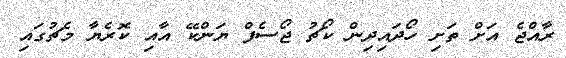
ރާއްޖެ އަށް ތަށި ހޯދައިދިން ކޯޗު ޖޯސެފް ޔަންކޭ އާއި ކޮރެޔާ މެޗުގައި